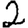
Digit: 2